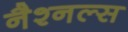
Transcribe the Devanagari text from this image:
नैश्नल्स